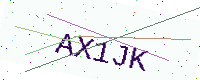
Text: AX1JK